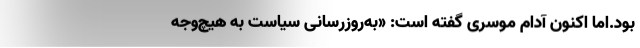
بود.اما اکنون آدام موسری گفته است: «به‌روزرسانی سیاست به هیچ‌وجه